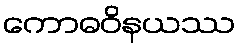
ကောဓဝိနယဿ